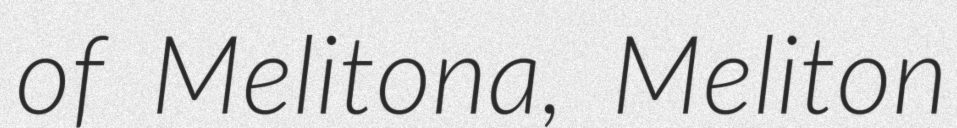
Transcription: of Melitona, Meliton